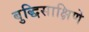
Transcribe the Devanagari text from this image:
बुद्धिसाक्षिणे